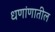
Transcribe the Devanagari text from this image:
धणांणातील